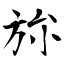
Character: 旀